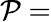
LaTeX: \mathcal{P}=